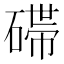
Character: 𬒛